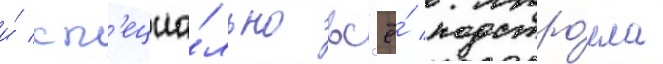
и́ сп'ециа́льно вс'ё́ подстро́ила